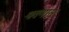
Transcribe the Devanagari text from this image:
श्रवणास